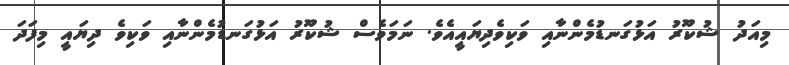
މިއަދު ޝުކޫރު އަޅުގަނޑުމެންނާއި ވަކިވެދިޔައީއެވެ. ނަމަވެސް ޝުކޫރު އަޅުގަނޑުމެންނާއި ވަކިވެ ދިޔައީ މިފަދަ